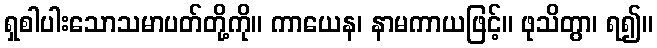
ရှစါပါးသောသမာပတ်တို့ကို။ ကာယေန၊ နာမကာယဖြင့်။ ဖုသိတွာ၊ ရ၍။